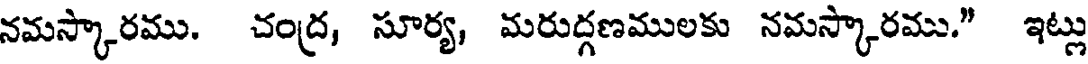
నమస్కారము. చంద్ర, సూర్య, మరుద్గణములకు నమస్కారము." ఇట్లు